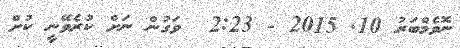
ނޮވެމްބަރު 10